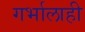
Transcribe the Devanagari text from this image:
गर्भालाही